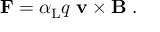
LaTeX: \mathbf { F } = \alpha _ { \mathrm { { L } } } q \; \mathbf { v } \times \mathbf { B } \; .